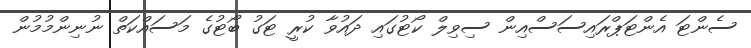
ސެންޓަ އެންޓަޕްރައިސަސްއިން ސިވިލް ކޯޓުގައި ދައުވާ ކުރީ ޓަގު ބޯޓުގެ މަސައްކަތް ނުނިންމުމުން